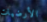
الأرضيات